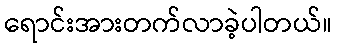
ရောင်းအားတက်လာခဲ့ပါတယ်။